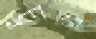
চুন্ন